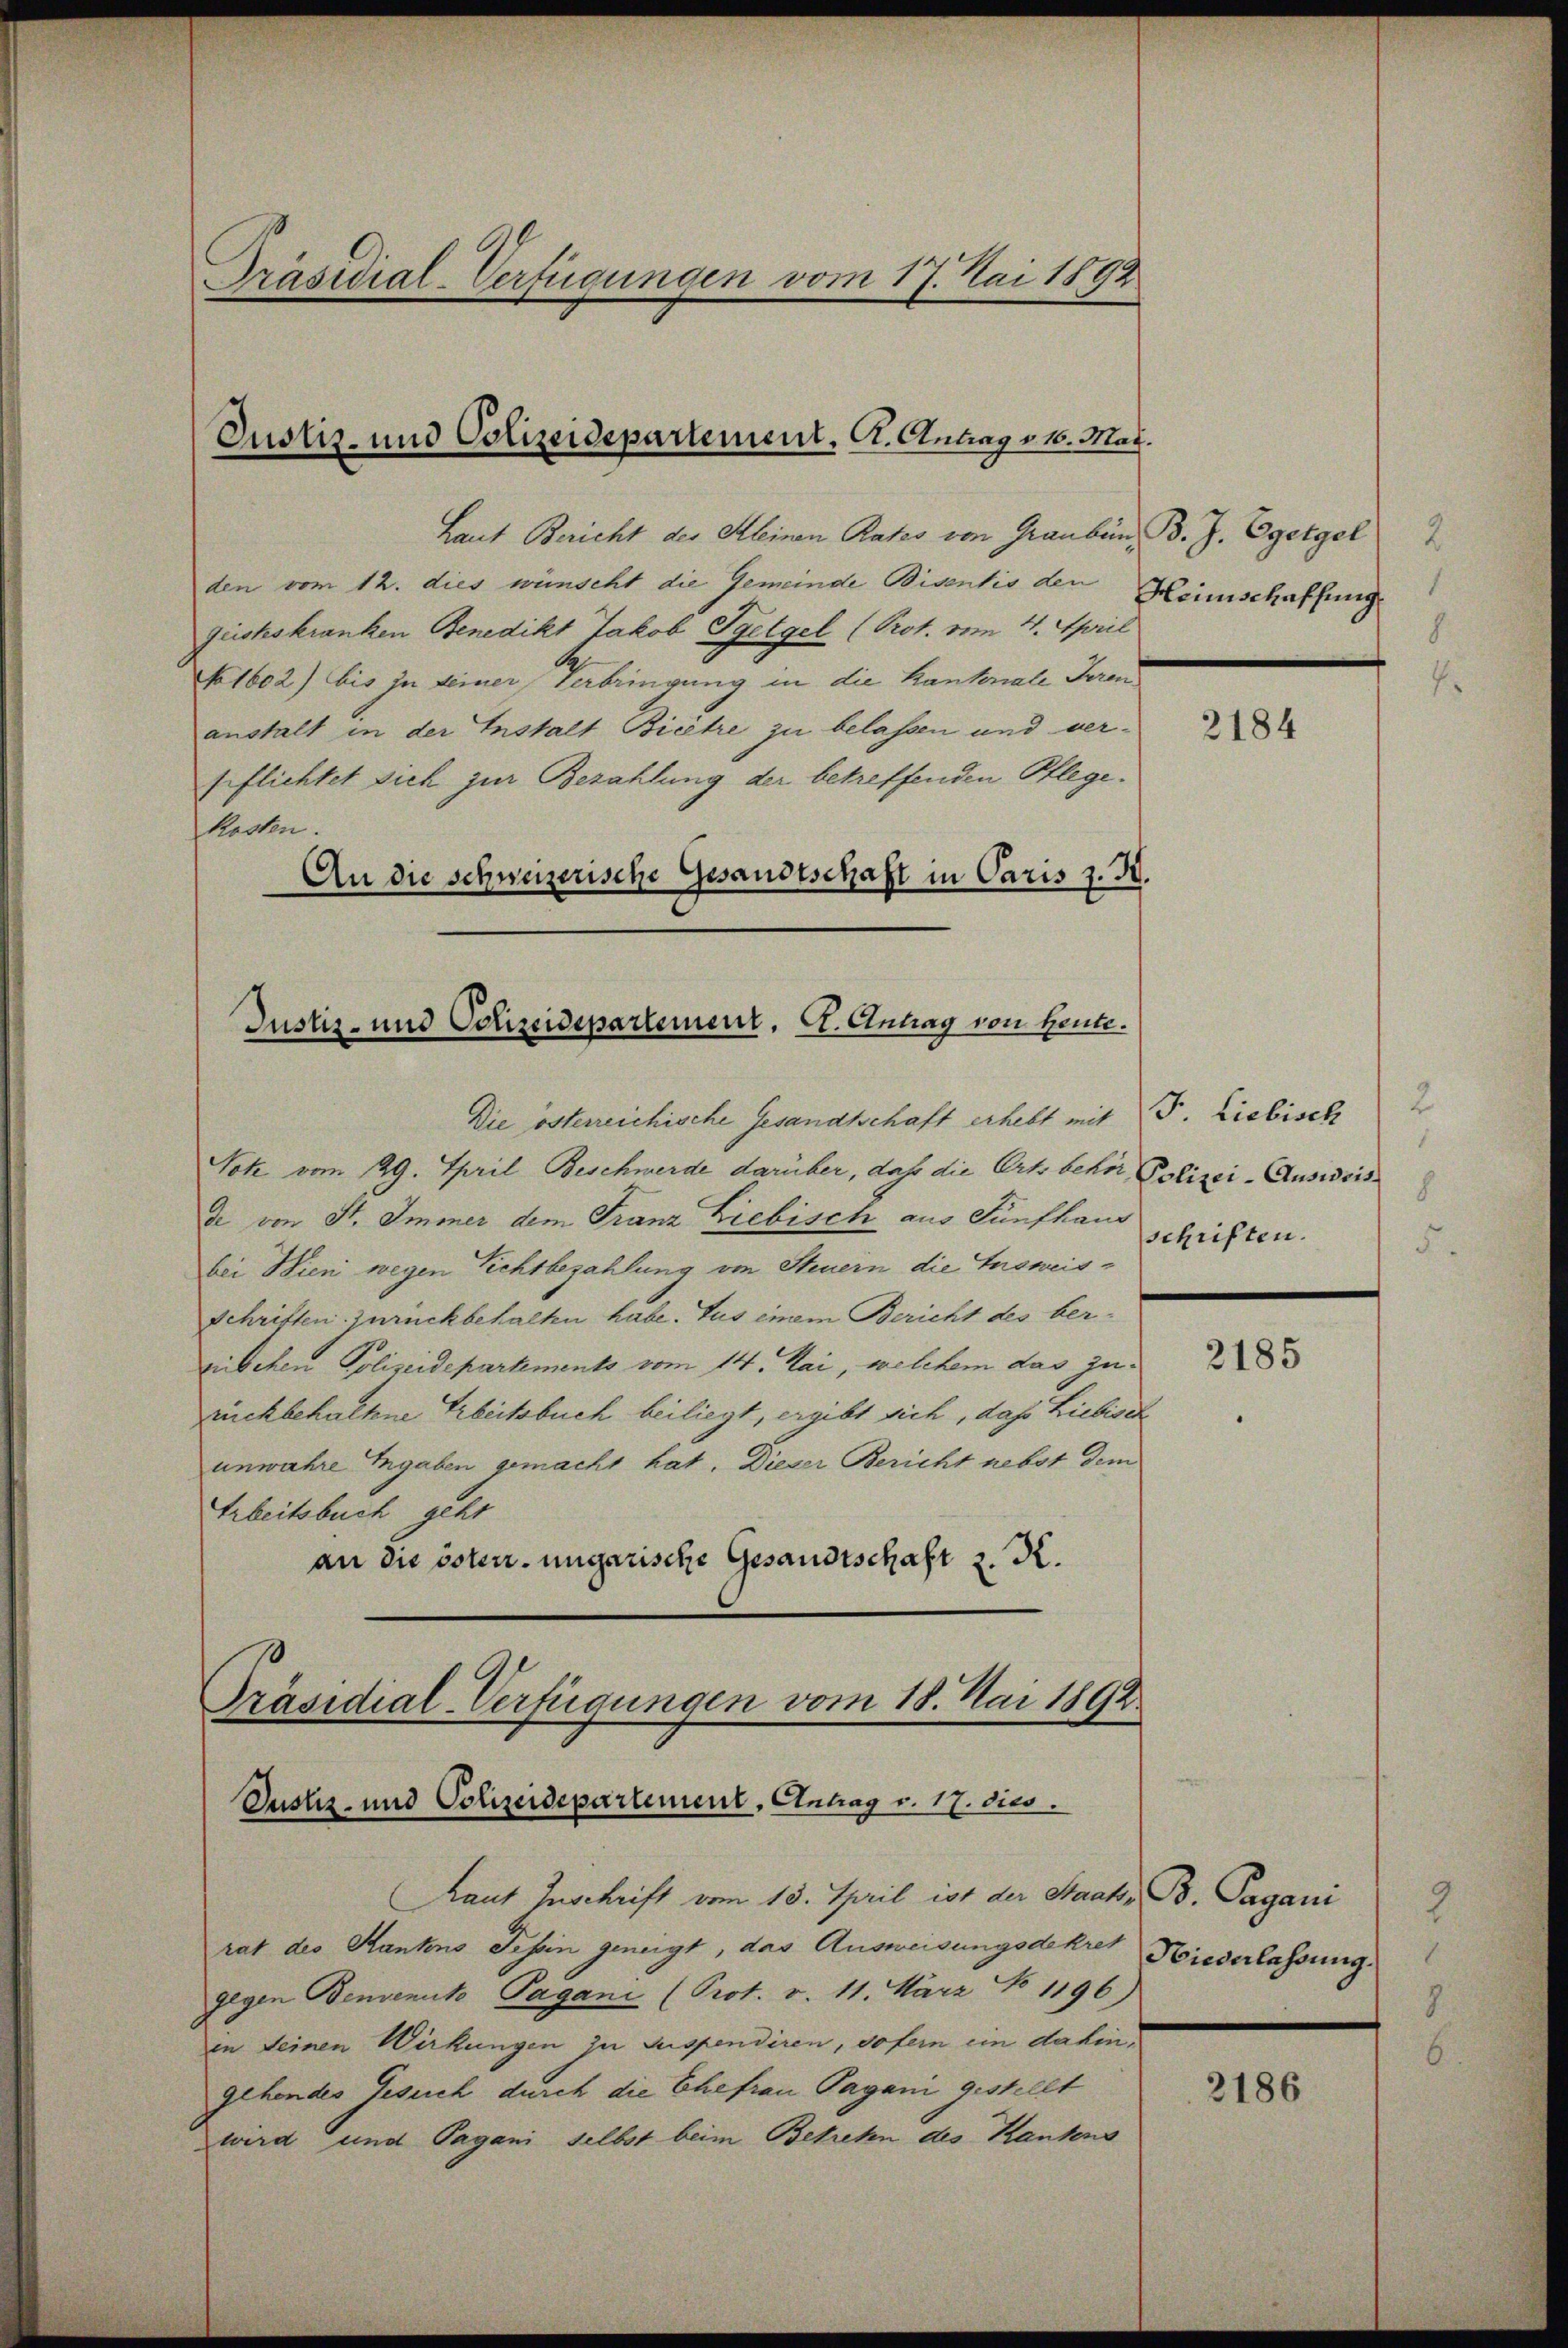
Präsidial-Verfügungen vom 17. Mai 1892

Laut Bericht des Kleinen Rates von Graubünden vom 12. dies wünscht die Gemeinde Bisentis den
geisteskranken Benedikt Jakob Syelgel (Prot. vom 4. April
No 1602) bis zu seiner Verbringung in die Kantonale Seren
anstalt in der Instalt Bieêtre zu belassen und vergeflichtet sich zur Bezahlung der betreffenden Pflege.
Kosten.
An die schweizerische Gesandtschaft in Paris z. B.

Justiz- und Polizeidepartement. A. Antrag v. 16. Mai.

Justiz- und Polizeidepartement, St. Antrag von Heute.

Präsidial-Verfügungen vom 18. Mai 1892
Justiz- und Polizeidepartement, Antrag v. 17. dies.

Die österreichische Gesandtschaft erhebt mit
Sotz vom 129. April Beschwerde darüber, daß die Orts beher Polizei-Ausweisde von St. Immer dem Franz Liebisch aus Fünfhaus
bei Wien wegen Sichtbezahlung von Steuern die Insweis¬
Schriften zurückbehalten habe. Jus einem Bericht des bergischen Polizeidepartements vom 14. Mai, welchem das jurückbehaltene Arbeitsbuch beiliegt, ergibt sich, das Liebische
unwahre Engaben gemacht hat. Dieser Bericht nebst dem
Arbeitsbuch geht
an die österr. ungarische Gesandtschaft 2. d.

Raut Zuschrift vom 13. April ist der Staats- B. Pagani
rat des Kantons Tessin geneigt, das Ausweisungsdekret
gegen Benvenuto Pagani (Prot. v. 11. März No 1196)
in seinen Wirkungen zu suspendiren, sofern ein dahin,
gehendes Gesuch durch die Ehefrau Pagani gestellt
wird und Pagani selbst beim Betreten des Kantons

B. J. Egetgel
2
1
Heinschaffung

2184

2
J. Liebisch
8.
schriften.

2185

I
Hiederlassung.

2186